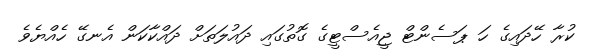
ކުރާ ހޭދައިގެ ހަ ޕަސެންޓް ޖީއެސްޓީގެ ގޮތުގައި ދައުލަތަށް ދައްކާކަން އެނގޭ ހެއްޔެވެ